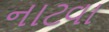
નાટવા